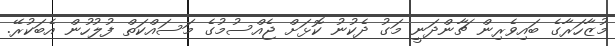
މުޒާހަރާގެ ބައިވެރިން ޗާންދަނީ މަގު ދެކުނު ކޮޅަށް ޖެއްސުމުގެ މަސައްކަތް ފުލުހުން އެބަކުރޭ.